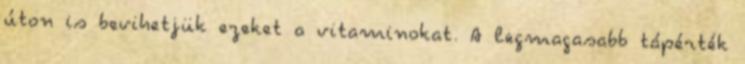
úton is bevihetjük ezeket a vitaminokat. A legmagasabb tápérték